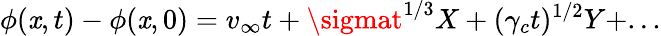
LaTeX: \phi(\mathit{x},t)-\phi(\mathit{x},0)=v_{\infty}t+\sigmat^{1/3}X+(\gamma_{c}t)^{1/2}Y+...